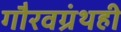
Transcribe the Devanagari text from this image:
गौरवग्रंथही